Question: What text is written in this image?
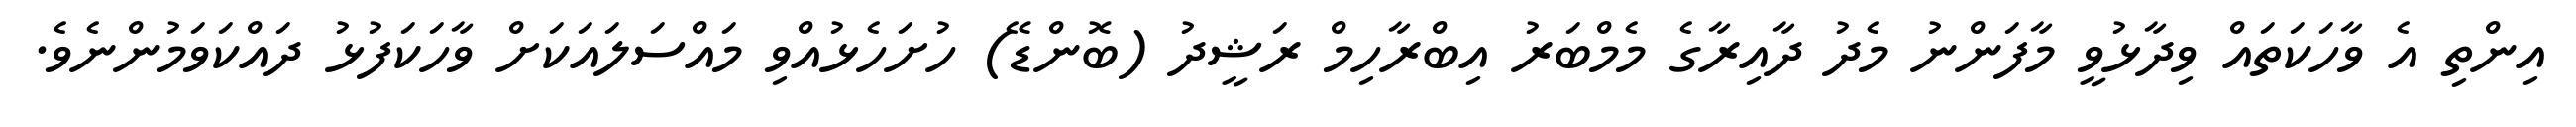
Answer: އިންތި އެ ވާހަކަތައް ވިދާޅުވީ މާފަންނު މެދު ދާއިރާގެ މެމްބަރު އިބްރާހިމް ރަޝީދު (ބޮންޑޭ) ހުށަހެޅުއްވި މައްސަލައަކަށް ވާހަކަފުޅު ދައްކަވަމުންނެވެ.